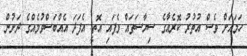
ހަމައަށް ވެސް އުތުރު ކޮރެއާގެ ސިޔާސަތައް ވެފައި އޮތީ އެފަދަ އެއްބަސްވުމެއްގެ ދަށުން